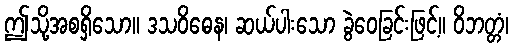
ဤသို့အစရှိသော။ ဒသဝိဓေန၊ ဆယ်ပါးသော ခွဲဝေခြင်းဖြင့်။ ဝိဘတ္တံ၊